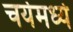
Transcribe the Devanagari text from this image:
चर्येमध्ये